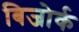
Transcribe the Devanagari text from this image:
बिजोर्क